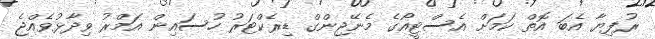
ރުފިޔާ އެބަ އޮތް ކަމަށް އެސްޓީއޯގެ މެނޭޖިންގް ޑިރެކްޓަރު ހުސައިން އަމްރު ވިދާޅުވެއްޖެ